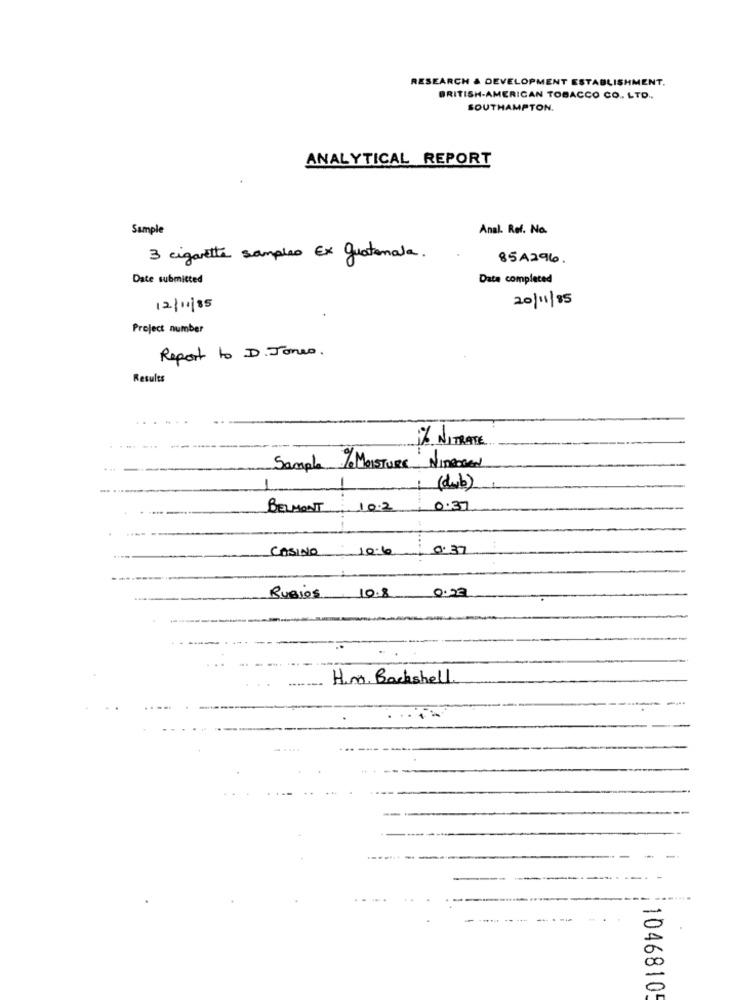
RESEARCH & DEVELOPMENT ESTABLISHMENT.
BRITISH-AMERICAN TOBACCO CO ., LTD .,
SOUTHAMPTON.
ANALYTICAL REPORT
Sample
Anal. Ref. No.
3 cigarette samples Ex guatemala.
85A296.
Date submitted
Date completed
20/11/85
12/11/85
Project number
Report to D. Jones.
Results
1% NITRATE
Sample % MOISTURE NITROGEN
-
(dub)
BELMONT
102
0.37
CASINO
10.6
0.37
RUBIOS
10.8 0.23
H.m. Bachshell
10468105